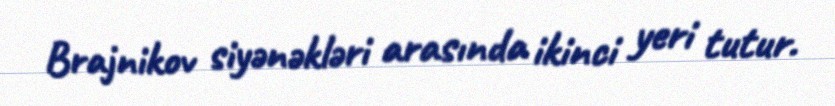
Brajnikov siyənəkləri arasında ikinci yeri tutur.